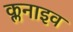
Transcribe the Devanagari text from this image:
क्लनाइव